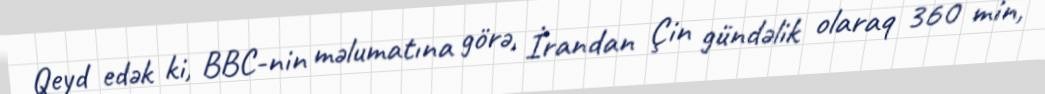
Qeyd edək ki, BBC-nin məlumatına görə, İrandan Çin gündəlik olaraq 360 min,